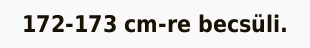
172-173 cm-re becsüli.